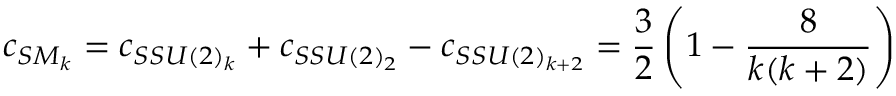
c _ { S M _ { k } } = c _ { S S U ( 2 ) _ { k } } + c _ { S S U ( 2 ) _ { 2 } } - c _ { S S U ( 2 ) _ { k + 2 } } = \frac { 3 } { 2 } \left( 1 - \frac { 8 } { k ( k + 2 ) } \right)